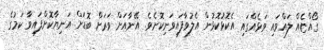
ގޯއްޏެއް ލައްވައި ވަޅެއްގައި އެކޮޅުކޮޅުން އެލުވާފައިވަނިކޮށެވެ. އޭނާއަށް ވަރަށް ބޮޑަށް އަނިޔާކޮށްފައިވާ ކަމުގެ